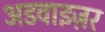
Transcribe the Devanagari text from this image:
अडवाइज़र